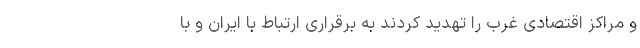
و مراکز اقتصادی غرب را تهدید کردند به برقراری ارتباط با ایران و با